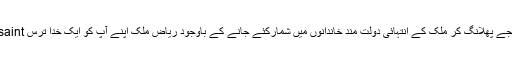
ارسلان گیٹ کیس کے منظر عام پر آنے سے قبل غربت کے کئی درجے پھلانگ کر ملک کے انتہائی دولت مند خاندانوں میں شمارکئے جانے کے باوجود ریاض ملک اپنے آپ کو ایک خدا ترس saintیا صوفی منش شخص کہلوانے کے زیادہ خواہش مند نظر آتے تھے ۔